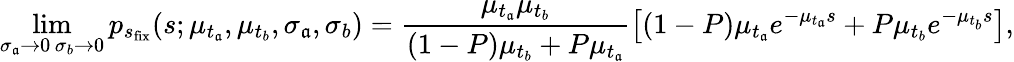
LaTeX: \operatorname*{lim}_{\substack{\sigma_{\mathfrak{a}}\rightarrow0\, \sigma_{b}\rightarrow0}}p_{s_{\mathrm{{fix}}}}(s;\mu_{t_{\mathfrak{a}}},\mu_{t_{b}},\sigma_{\mathfrak{a}},\sigma_{b})=\frac{{\mu_{t_{\mathfrak{a}}}\mu_{t_{b}}}}{{(1-P)\mu_{t_{b}}+P\mu_{t_{\mathfrak{a}}}}}\left[(1-P)\mu_{t_{\mathfrak{a}}}e^{-\mu_{t_{\mathfrak{a}}}s}+P\mu_{t_{b}}e^{-\mu_{t_{b}}s}\right],